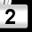
Digit: 2